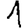
Digit: 1